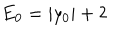
E _ { 0 } = \vert y _ { 0 } \vert + 2